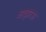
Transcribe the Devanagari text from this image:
अत्य्राऊ